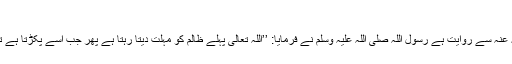
(مسلم 2578)
ابو موسیٰ الاشعری رضی اللہ عنہ سے روایت ہے رسول اللہ صلی اللہ علیہ وسلم نے فرمایا: ’’اللہ تعالیٰ پہلے ظالم کو مہلت دیتا رہتا ہے پھر جب اسے پکڑتا ہے تو پھر کوئی مہلت نہیں دیتا‘‘۔